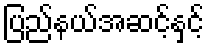
ပြည်နယ်အဆင့်နှင့်